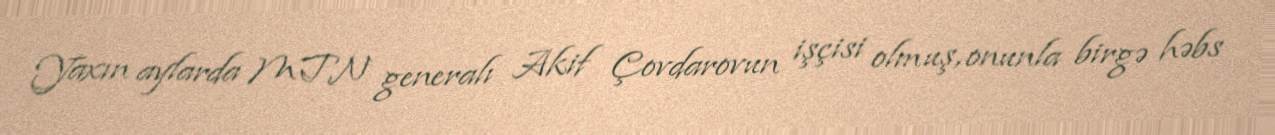
Yaxın aylarda MTN generalı Akif Çovdarovun işçisi olmuş, onunla birgə həbs